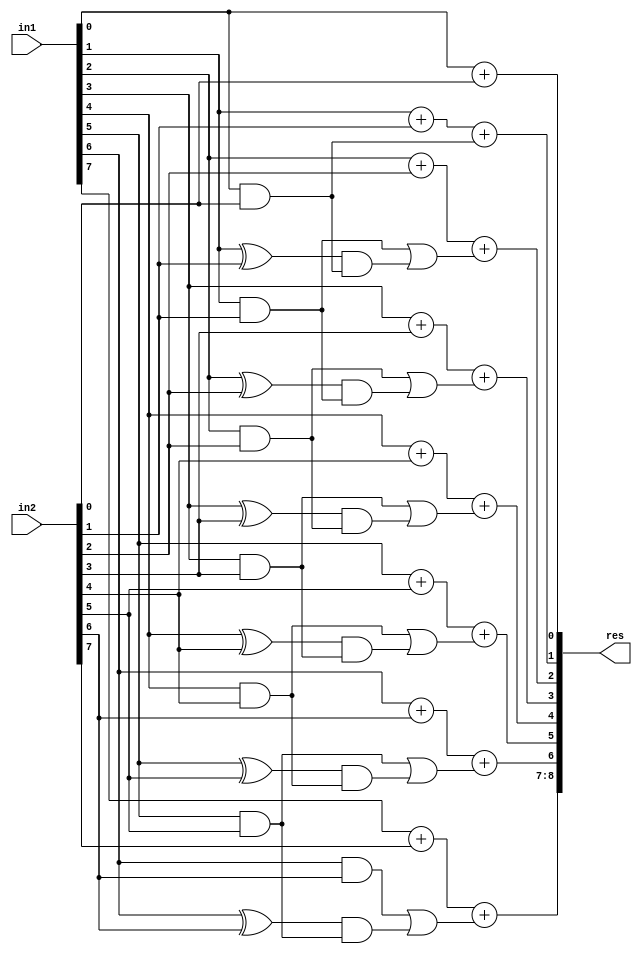
module GDA_St_N8_M8_P2(
    input  [7:0] in1,
    input  [7:0] in2,
    output [8:0] res
    );

wire [2:0] 	temp1, temp2, temp3, temp4, temp5, temp6, temp7, temp8;
wire  		p0,p1,p2,p3,p4,p5,p6,g0,g1,g2,g3,g4,g5,g6,c1,c2,c3,c4,c5,c6,c7;
wire			p1c1,p2c2,p3c3,p4c4,p5c5,p6c6;
wire 			carry_pred_1,carry_pred_2,carry_pred_3,carry_pred_4,carry_pred_5,carry_pred_6;

and and_0(g0,in1[0],in2[0]);
and and_1(g1,in1[1],in2[1]);
and and_2(g2,in1[2],in2[2]);
and and_3(g3,in1[3],in2[3]);
and and_4(g4,in1[4],in2[4]);
and and_5(g5,in1[5],in2[5]);
and and_6(g6,in1[6],in2[6]);

xor xor_0(p0,in1[0],in2[0]);
xor xor_1(p1,in1[1],in2[1]);
xor xor_2(p2,in1[2],in2[2]);
xor xor_3(p3,in1[3],in2[3]);
xor xor_4(p4,in1[4],in2[4]);
xor xor_5(p5,in1[5],in2[5]);
xor xor_6(p6,in1[6],in2[6]);

assign c1 = g0;

assign c2 = g1;
and and_7(p1c1,p1,c1);
or or_0(carry_pred_1,c2,p1c1);

assign c3 = g2;
and and_8(p2c2,p2,c2);
or or_2(carry_pred_2,c3,p2c2);

assign c4 = g3;
and and_10(p3c3,p3,c3);
or or_5(carry_pred_3,c4,p3c3);

assign c5 = g4;
and and_13(p4c4,p4,c4);
or or_9(carry_pred_4,c5,p4c4);

assign c6 = g5;
and and_17(p5c5,p5,c5);
or or_14(carry_pred_5,c6,p5c5);

assign c7 = g6;
and and_22(p6c6,p6,c6);
or or_20(carry_pred_6,c7,p6c6);

// Results

assign temp1[1:0] = in1[0] + in2[0];
assign temp2[1:0] = in1[1] + in2[1] + c1;
assign temp3[1:0] = in1[2] + in2[2] + carry_pred_1;
assign temp4[1:0] = in1[3] + in2[3] + carry_pred_2;
assign temp5[1:0] = in1[4] + in2[4] + carry_pred_3;
assign temp6[1:0] = in1[5] + in2[5] + carry_pred_4;
assign temp7[1:0] = in1[6] + in2[6] + carry_pred_5;
assign temp8[1:0] = in1[7] + in2[7] + carry_pred_6;
assign res[8:0] = {temp8[1:0],temp7[0],temp6[0],temp5[0],temp4[0],temp3[0],temp2[0],temp1[0]};

endmodule